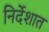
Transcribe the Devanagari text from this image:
निर्देशात